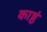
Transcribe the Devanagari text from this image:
काष्ठं